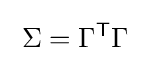
\;\Sigma =\Gamma ^{\mathsf {T}}\Gamma \;